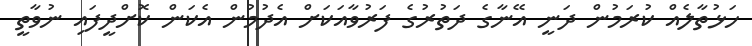
ހަޅުތާލެއް ކުރަމުން ދަނީ އޭނާގެ ދަތުރުގެ ފަރުވާއަކަށް އެދުމުން އެކަން ކޮށްދީފައި ނުވާތީ